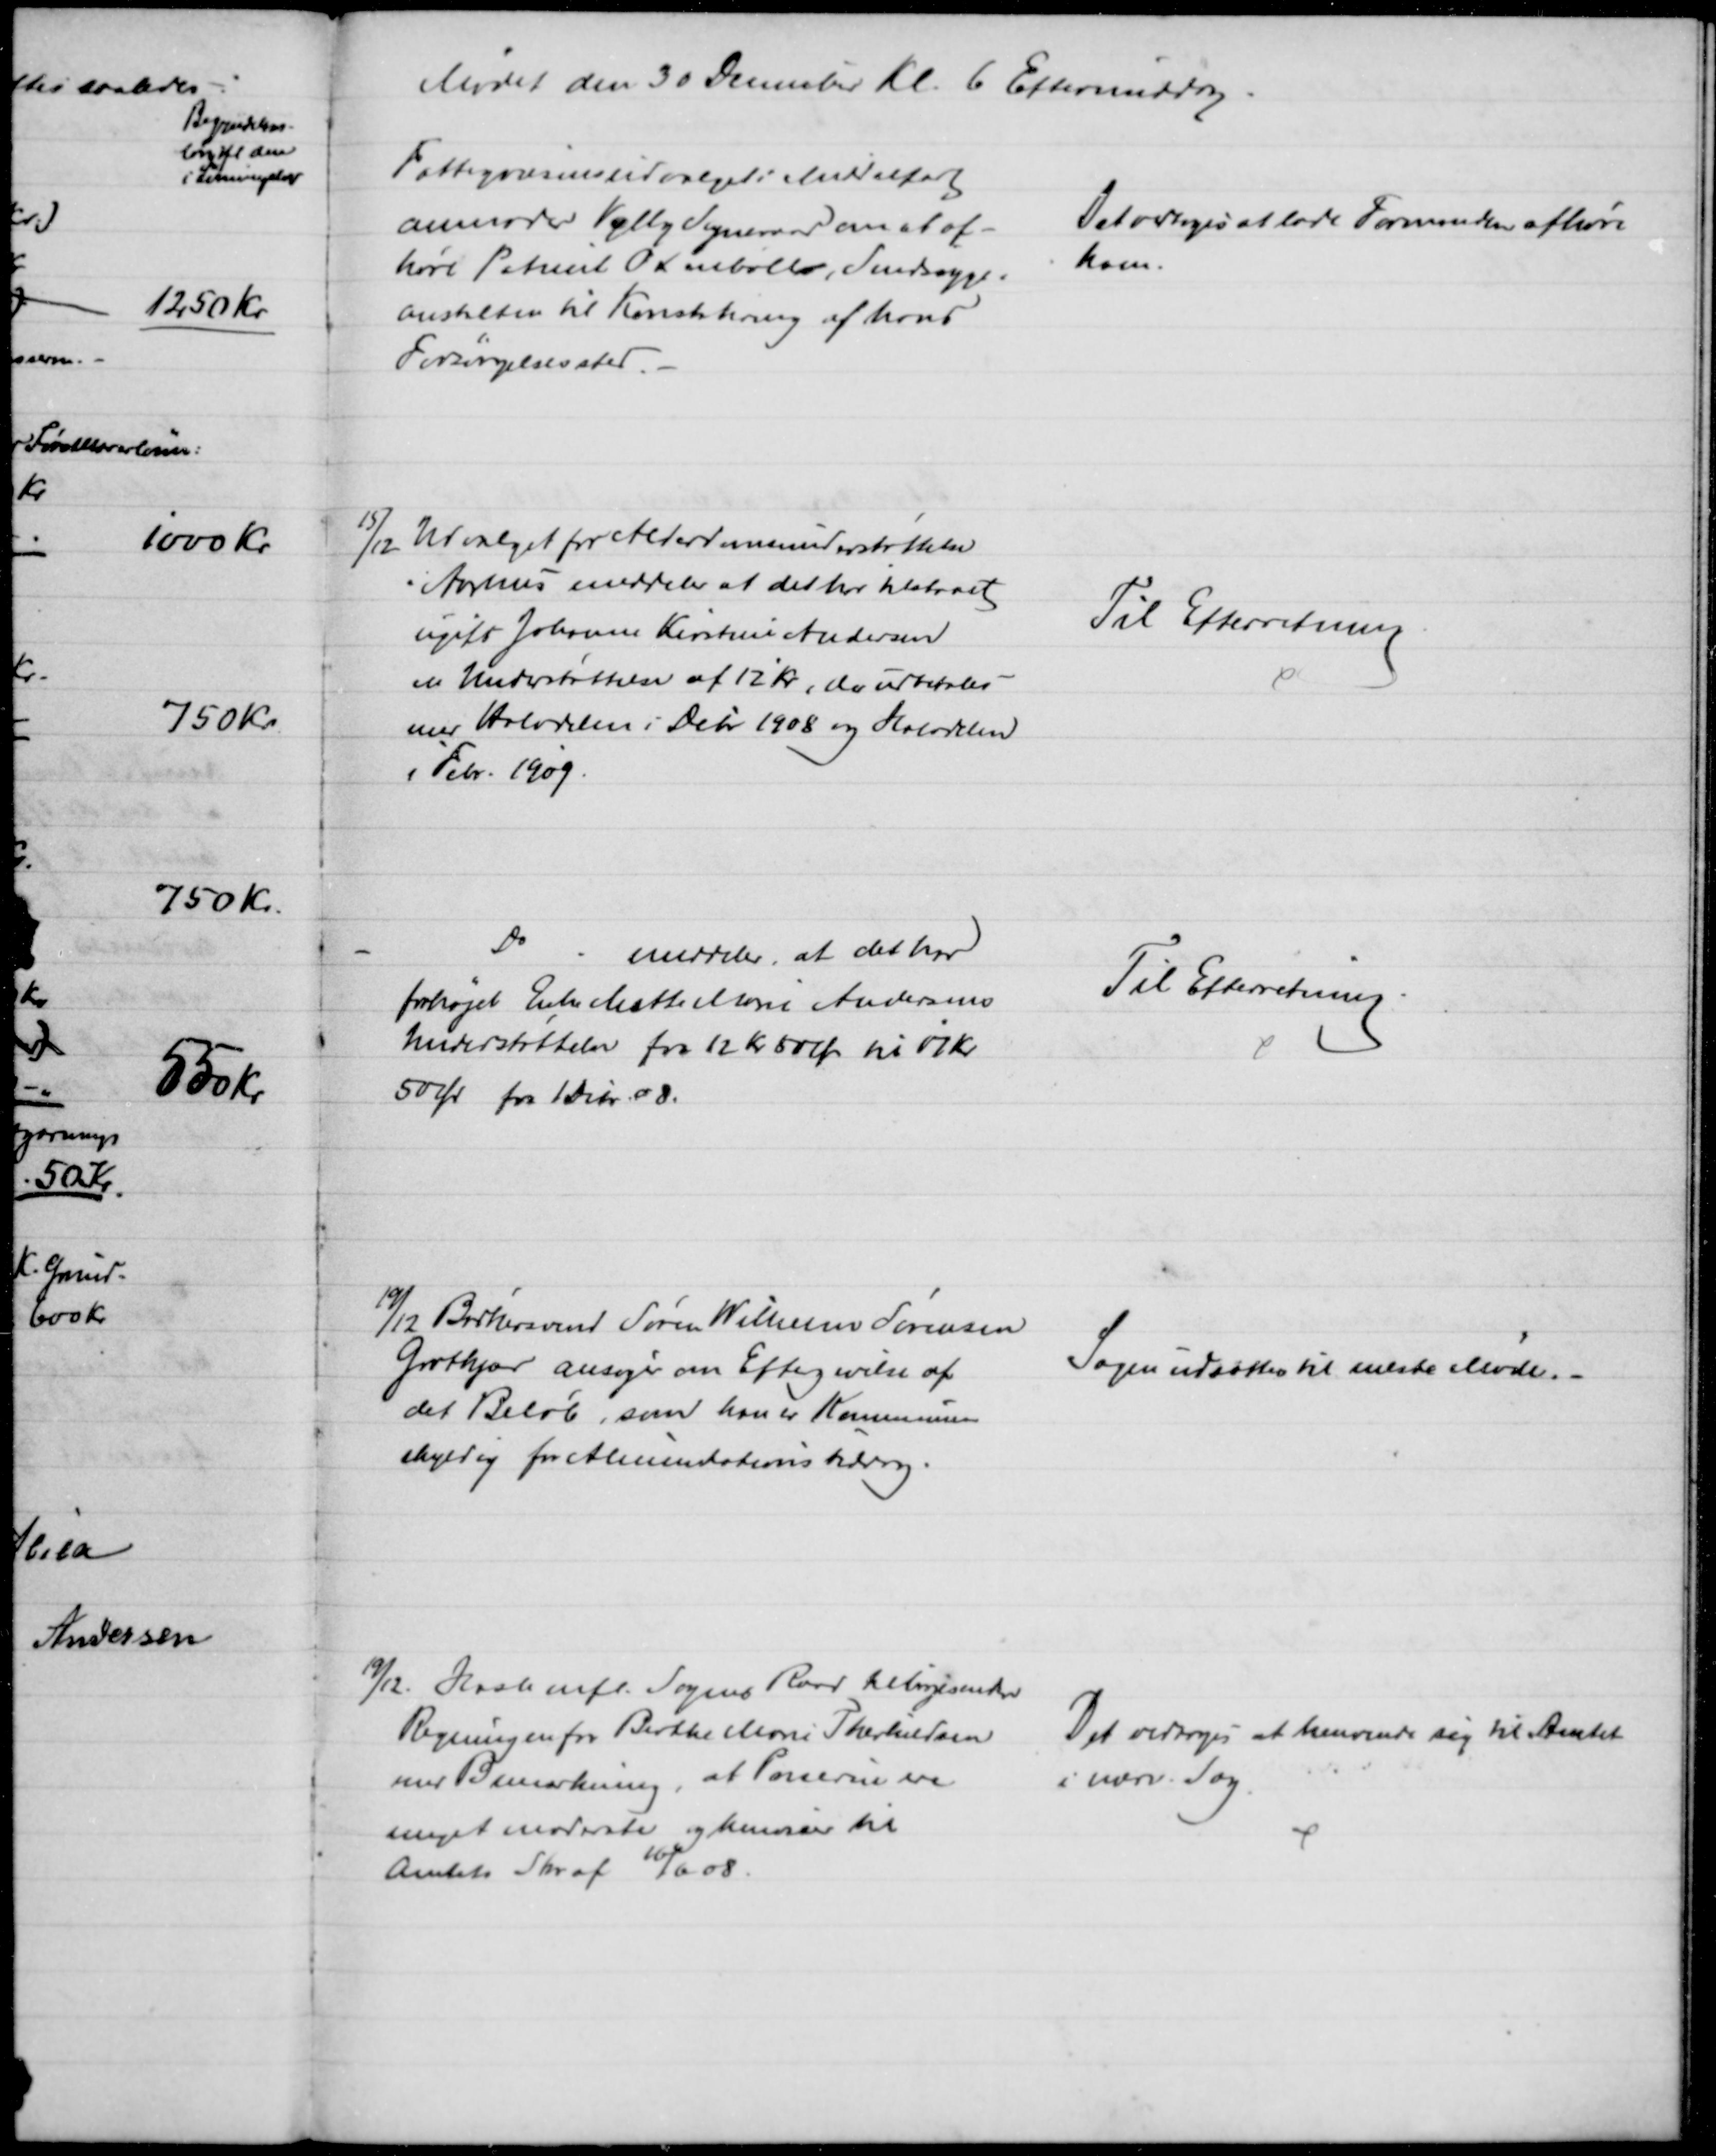
Transskription:
Mødet den 30 December Kl. 6 Eftermiddag
Fattigvæsensudvalget i Middelfart
anmoder Vejlby Sogneraad om at af-
høre Patient Oxenbøll, Sindssyge=
anstalten til Konstatering af hans 
Forsørgelsessted.
Det vedtoges at lade Formanden afhøre
ham.
15/12 Udvalget for Alderdomsunderstøttelse
i Aarhus meddeler at det har tilstaaet
ugift Johanne Kirstine Andersen
en Understøttelse af 12 Kr, der udbetales
med Halvdelen i Debr 1908 og Halvdelen
i Febr. 1909
Til Efterretning
Do
meddeler, at det har
forhøjet Enke Mette Marie Andersens
Understøttelse fra 12 Kr 50 Øre til  Kr
50 Øre fra 1 Debr. 08.
Til Efterretning
19/12 Bødkersvend Søren Wilhelm Sørensen
Grotkjær ansøger om Eftergivelse af
det Beløb, som han er Kommunen
skyldig for Alimentationsbidrag.
Sagen udsættes til næste Møde.
19/12. Hasle mfl. Sognes Raad tilbagesender
Regningen for Birthe Marie Therkildsen
med Bemærkning, at Priserne ere
meget moderate og henviser til
Amtets Skr. af 16/6 08.
Det vedtoges at henvende sig til Amtet
i nærv. Sag.